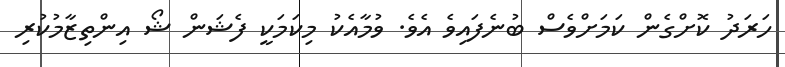
ހަރަދު ކޮށްގެން ކަމަށްްވެސް ބުނެފައިވެ އެވެ. ވުމާއެކު މިކަމަކީ ފެޝަން ޝޯ އިންތިޒާމުކުރި